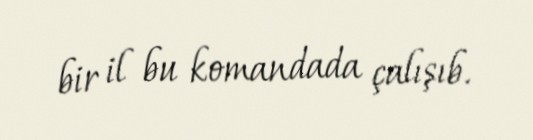
bir il bu komandada çalışıb.